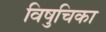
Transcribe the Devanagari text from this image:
विषुचिका